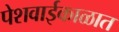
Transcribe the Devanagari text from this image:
पेशवाईकाळात